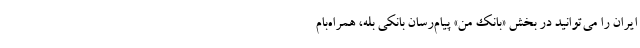
ایران را می‌توانید در بخش «بانک من» پیام‌رسان بانکی بله، همراه‌بام